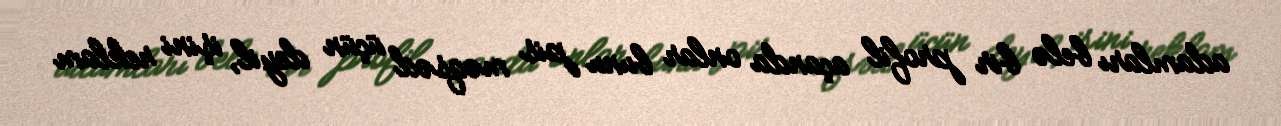
adamları belə bir profil açanda onlar bunu pis məqsəd üçün deyil, işini reklam